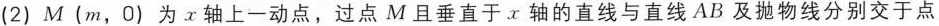
(2) M(m，0)为x轴上一动点，过点M且垂直于x轴的直线与直线AB及抛物线分别交于点